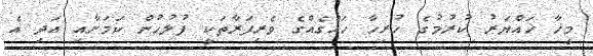
މީހާ ހައްޔަރު ކުރުމުގެ ހުރިހާ ހައްގެއްގެ ވެރިފަރާތަކީ ފުލުހުން ކަމަށާއި އަދި އެ